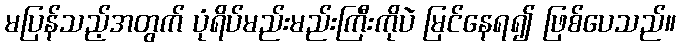
မပြန်သည့်အတွက် ပုံရိပ်မည်းမည်းကြီးကိုပဲ မြင်နေရ၍ ဖြစ်ပေသည်။